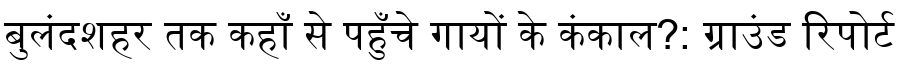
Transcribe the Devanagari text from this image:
बुलंदशहर तक कहाँ से पहुँचे गायों के कंकाल?: ग्राउंड रिपोर्ट